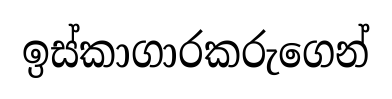
ඉස්කාගාරකරුගෙන්